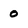
Character: 0